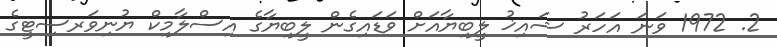
2. 1972 ވަނަ އަހަރު ޝައިޚު ލީބިޔާއަށް ވަޑައިގެން ލީބިޔާގެ އިސްލާމިކް ޔުނިވަރސިޓީގެ